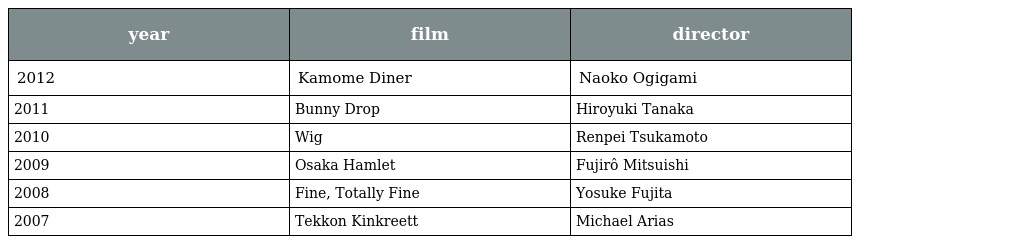
| year | film | director |
 | --- | --- | --- |
 | 2012 | Kamome Diner | Naoko Ogigami |
 | 2011 | Bunny Drop | Hiroyuki Tanaka |
 | 2010 | Wig | Renpei Tsukamoto |
 | 2009 | Osaka Hamlet | Fujirô Mitsuishi |
 | 2008 | Fine, Totally Fine | Yosuke Fujita |
 | 2007 | Tekkon Kinkreett | Michael Arias |